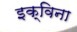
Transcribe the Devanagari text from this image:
इक्विना